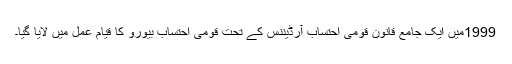
1999میں ایک جامع قانون قومی احتساب آرڈیننس کے تحت قومی احتساب بیورو کا قیام عمل میں لایا گیا۔